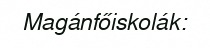
Magánfőiskolák: